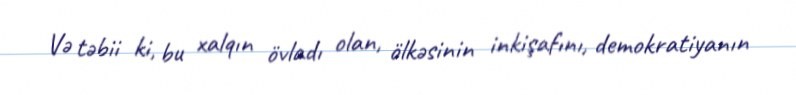
Və təbii ki, bu xalqın övladı olan, ölkəsinin inkişafını, demokratiyanın